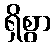
ရှိစွာ